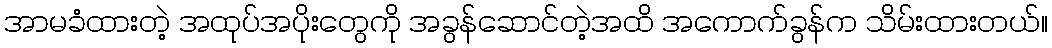
အာမခံထားတဲ့ အထုပ်အပိုးတွေကို အခွန်ဆောင်တဲ့အထိ အကောက်ခွန်က သိမ်းထားတယ်။